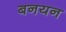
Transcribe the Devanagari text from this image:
बनयन